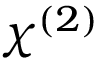
\chi ^ { ( 2 ) }